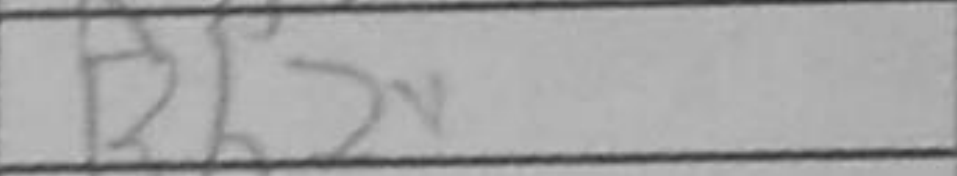
Transcription: Rh2